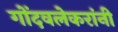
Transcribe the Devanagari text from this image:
गोंदवलेकरांनी